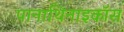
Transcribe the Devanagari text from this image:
पानाथिनाइकॉस